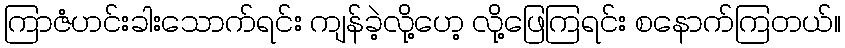
ကြာဇံဟင်းခါးသောက်ရင်း ကျန်ခဲ့လို့ဟေ့ လို့ဖြေကြရင်း စနောက်ကြတယ်။